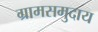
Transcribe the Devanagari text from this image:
ग्रामसमुदाय